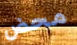
محض